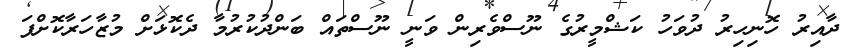
ދާއިރު ހޮނިހިރު ދުވަހު ކަޝްމީރުގެ ނޫސްވެރިން ވަނީ ނޫސްތައް ބަންދުކުރުމާ ދެކޮޅަށް މުޒާހަރާކޮށްފަ